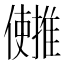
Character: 𫤄